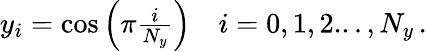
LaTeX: \begin{array}{r}{y_{i}=\cos\left(\pi\frac{i}{N_{y}}\right)\quad i=0,1,2...,N_{y}\, .}\end{array}